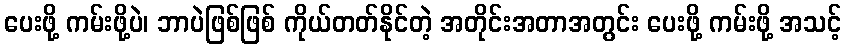
ပေးဖို့ ကမ်းဖို့ပဲ၊ ဘာပဲဖြစ်ဖြစ် ကိုယ်တတ်နိုင်တဲ့ အတိုင်းအတာအတွင်း ပေးဖို့ ကမ်းဖို့ အသင့်